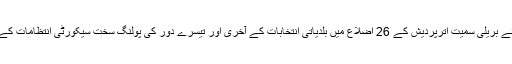
کانگریس صدر سونیا گاندھی کے پارلیمانی حلقہ رائے بریلی سمیت اترپردیش کے 26 اضلاع میں بلدیاتی انتخابات کے آخری اور تیسرے دور کی پولنگ سخت سیکورٹی انتظامات کے درمیان آج صبح ساڑھے سات بجے شروع ہو گئی۔